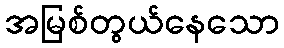
အမြစ်တွယ်နေသော